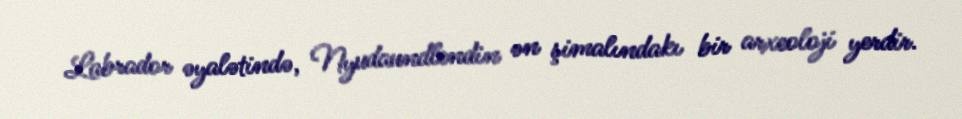
Labrador əyalətində, Nyudaundlendin ən şimalındakı bir arxeoloji yerdir.